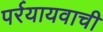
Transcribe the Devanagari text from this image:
पर्रयायवाची